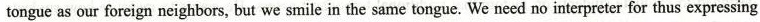
tongue as our foreign neighbors, but we smile in the same tongue. We need no interpreter for thus expressing